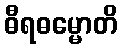
ဓီရဓမ္မောတိ